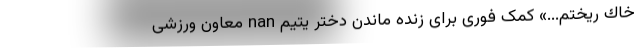
خاك ريختم...» کمک فوری برای زنده ماندن دختر یتیم nan معاون ورزشی